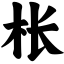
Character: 枨